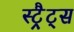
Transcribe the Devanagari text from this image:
स्ट्रैट्‍स